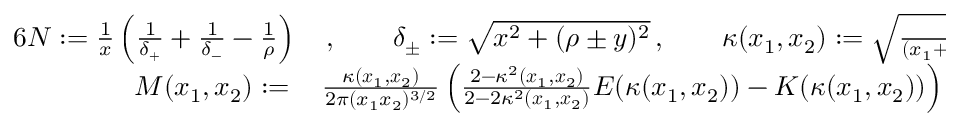
\begin{array} { r l } { { 6 } N : = \frac { 1 } { x } \left( \frac { 1 } { \delta _ { + } } + \frac { 1 } { \delta _ { - } } - \frac { 1 } { \rho } \right) } & { { } \, , \qquad \delta _ { \pm } : = \sqrt { x ^ { 2 } + ( \rho \pm y ) ^ { 2 } } \, , \qquad \kappa ( \boldsymbol x _ { 1 } , \boldsymbol x _ { 2 } ) : = \sqrt { \frac { 4 x _ { 1 } x _ { 2 } } { ( x _ { 1 } + x _ { 2 } ) ^ { 2 } + ( y _ { 1 } - y _ { 2 } ) ^ { 2 } } } \, , } \\ { M ( \boldsymbol x _ { 1 } , \boldsymbol x _ { 2 } ) : = \, } & { { } \frac { \kappa ( \boldsymbol x _ { 1 } , \boldsymbol x _ { 2 } ) } { 2 \pi ( x _ { 1 } x _ { 2 } ) ^ { 3 / 2 } } \left( \frac { 2 - \kappa ^ { 2 } ( \boldsymbol x _ { 1 } , \boldsymbol x _ { 2 } ) } { 2 - 2 \kappa ^ { 2 } ( \boldsymbol x _ { 1 } , \boldsymbol x _ { 2 } ) } E ( \kappa ( \boldsymbol x _ { 1 } , \boldsymbol x _ { 2 } ) ) - K ( \kappa ( \boldsymbol x _ { 1 } , \boldsymbol x _ { 2 } ) ) \right) \, , } \end{array}